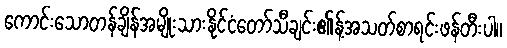
ကောင်းသောတန်ချိန်အမျိုးသားနိုင်ငံတော်သီချင်း၏န့်အသတ်စာရင်းဖန်တီးပါ။